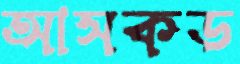
আসকড